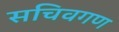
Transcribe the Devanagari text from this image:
सचिवगण